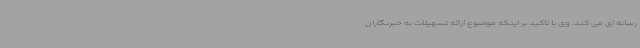
رسانه ای می کند. وی با تاکید بر اینکه موضوع ارائه تسهیلات به خبرنگاران